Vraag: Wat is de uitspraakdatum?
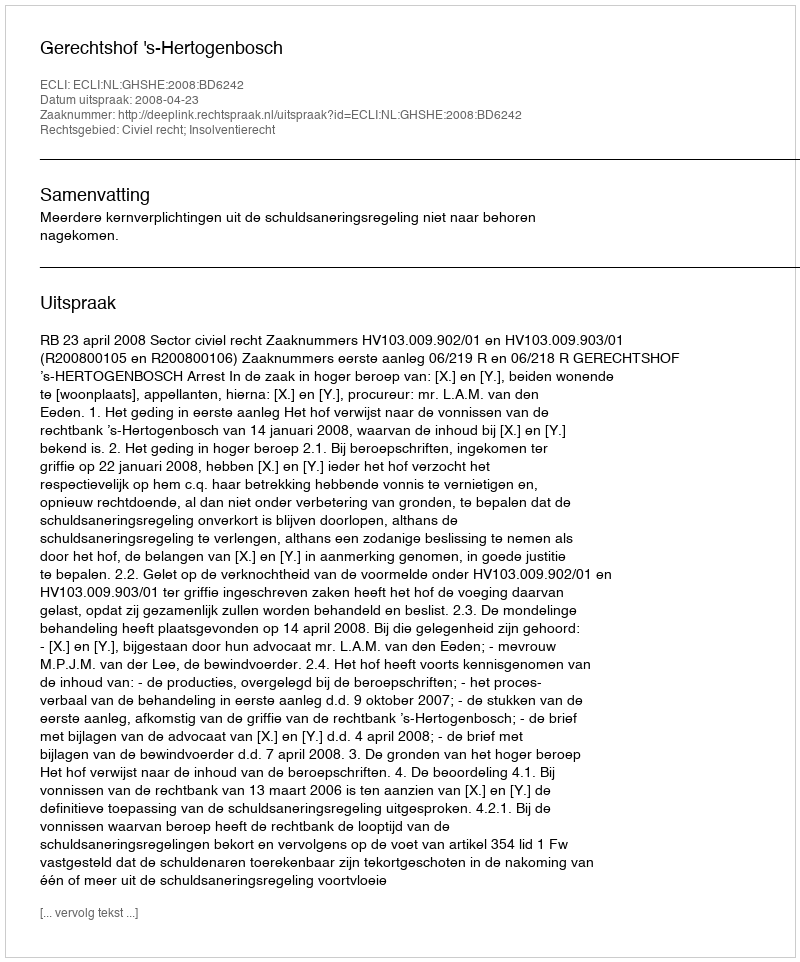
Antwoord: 2008-04-23